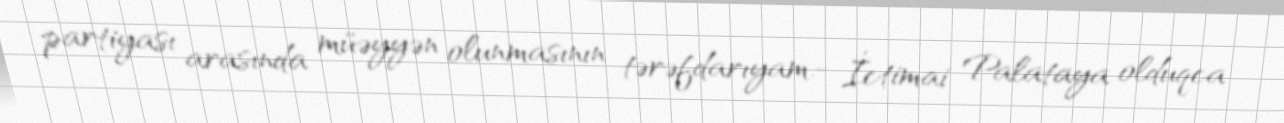
partiyası arasında müəyyən olunmasının tərəfdarıyam.- İctimai Palataya olduqca